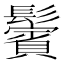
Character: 鬢